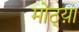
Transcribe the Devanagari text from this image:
मोठ्य़ा